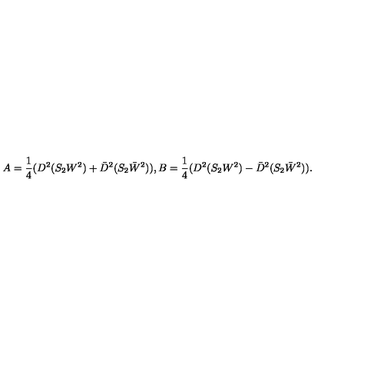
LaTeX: A = \frac { 1 } { 4 } ( D ^ { 2 } ( S _ { 2 } W ^ { 2 } ) + \bar { D } ^ { 2 } ( S _ { 2 } \bar { W } ^ { 2 } ) ) , B = \frac { 1 } { 4 } ( D ^ { 2 } ( S _ { 2 } W ^ { 2 } ) - \bar { D } ^ { 2 } ( S _ { 2 } \bar { W } ^ { 2 } ) ) .